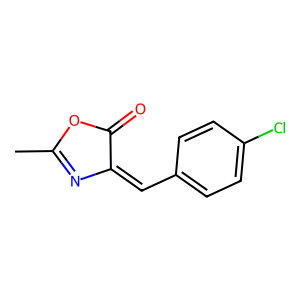
SMILES: CC1=NC(=Cc2ccc(Cl)cc2)C(=O)O1
Inhibits HIV replication: No